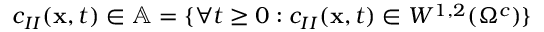
c _ { I I } ( \mathbf { x } , t ) \in \mathbb { A } = \lbrace \forall t \geq 0 : c _ { I I } ( \mathbf { x } , t ) \in W ^ { 1 , 2 } ( \Omega ^ { c } ) \rbrace